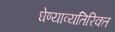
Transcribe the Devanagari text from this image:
घेण्याव्यतिरिक्त